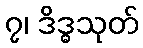
၇၊ ဒိဒ္ဓသုတ်